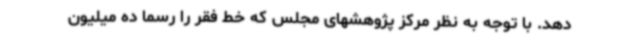
دهد. با توجه به نظر مرکز پژوهشهای مجلس که خط فقر را رسما ده میلیون